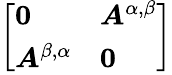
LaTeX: \left[\begin{array}{ll}{\boldsymbol{0}}&{\boldsymbol{A}^{\alpha,\beta}}\\ {\boldsymbol{A}^{\beta,\alpha}}&{\boldsymbol{0}}\end{array}\right]